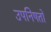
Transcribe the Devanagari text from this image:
उपनिषतों